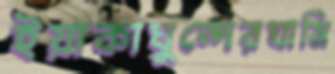
ইয়াকাঘুন্দেরঘামি